Annual administration report of the Civil Veterinary Department of India - 1898-1899
Year: 1898
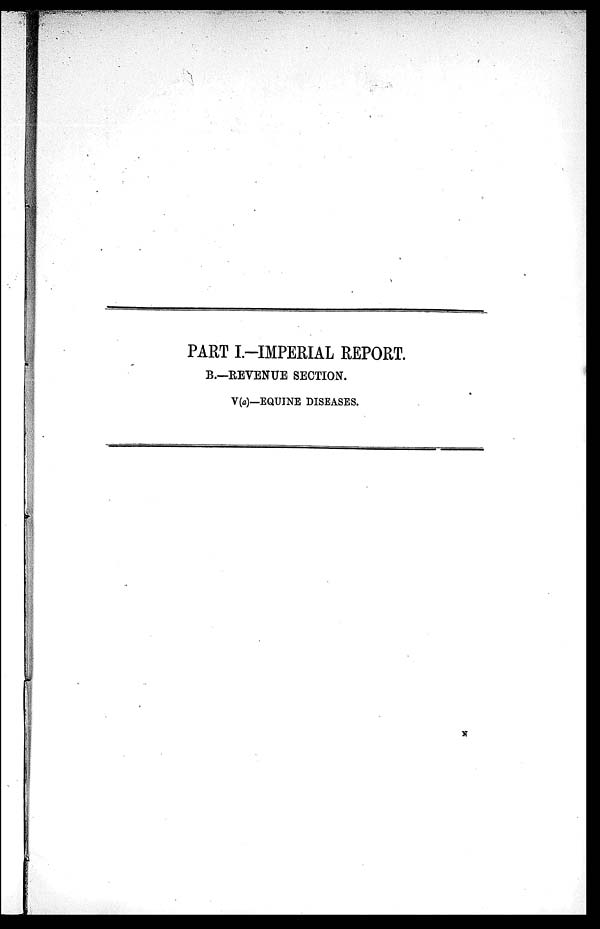
PART I.-IMPERIAL REPORT.
B.—REVENUE SECTION.
V(a)—EQUINE DISEASES.